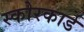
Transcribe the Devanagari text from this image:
स्‍कोरकार्ड